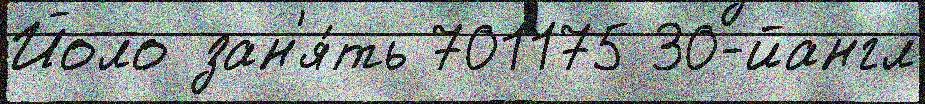
Йоло зан'я́ть 701175 30-йангл